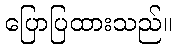
ပြောပြထားသည်။